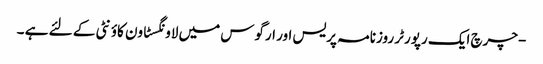
-چرچ ایک رپورٹر روزنامہ پریس اور ارگوس میں لاونگسٹاون کاؤنٹی کے لئے ہے ۔